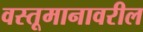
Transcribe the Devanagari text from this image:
वस्तूमानावरील